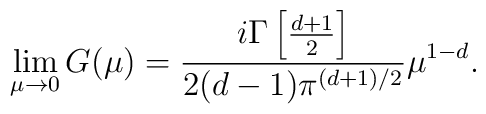
\lim_{\mu \to 0} G(\mu)= \frac{i \Gamma \left[\frac{d+1}{2}\right]}{2(d-1) \pi^{(d+1)/2}} \mu^{1-d}.